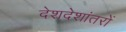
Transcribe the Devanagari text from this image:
देशदेशांतरों